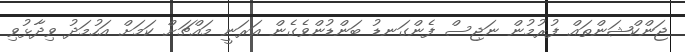
ޖަންކްޝަންތައް ފުރުމުން ނަޖިސް ފެންގަނޑު ބަންޑުންވެގެން އަރަނީ މައްޗަށް ކަމަށް އަހުމަދު ވިދާޅުވި